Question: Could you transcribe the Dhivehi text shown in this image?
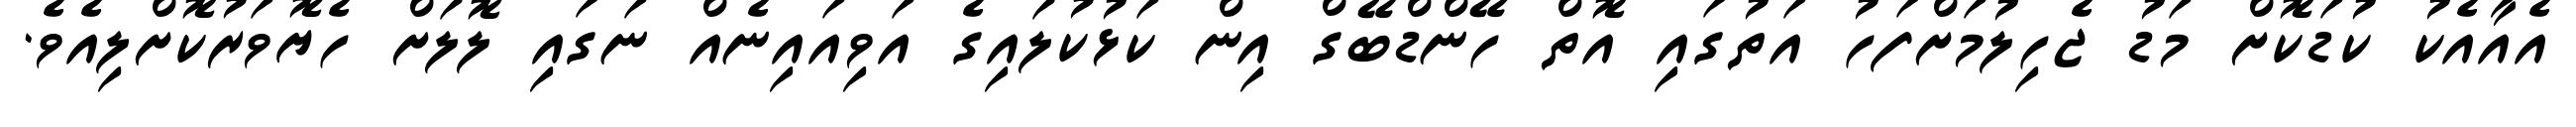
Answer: އެއާއެކު ކުޑަކޮށް މަޑު ޖެހިލުމަށްފަހު އަތުގައި އޮތް ހޭންޑްބޭގް އިން ކަޅުކުލައިގެ އަވިއައިނެއް ނަގައި ލޮލަށް ހެޔޮވަރުކޮށްލިއެވެ.